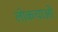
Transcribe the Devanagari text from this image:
लोकचाओ